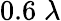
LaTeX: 0.6\; \lambda